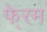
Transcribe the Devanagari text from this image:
फे्रम